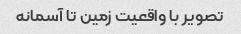
تصویر با واقعیت زمین تا آسمانه